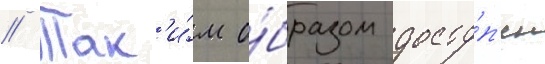
// Так'и́м о́бразом досту́п'ен